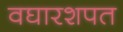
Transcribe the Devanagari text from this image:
वघारशपत